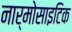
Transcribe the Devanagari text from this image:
नार्मोसाइटिक